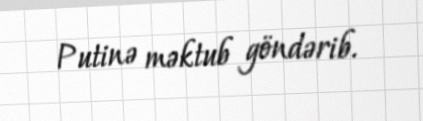
Putinə məktub göndərib.